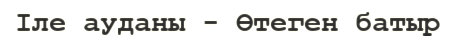
Іле ауданы - Өтеген батыр